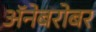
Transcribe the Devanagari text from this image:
अॅनेबरोबर